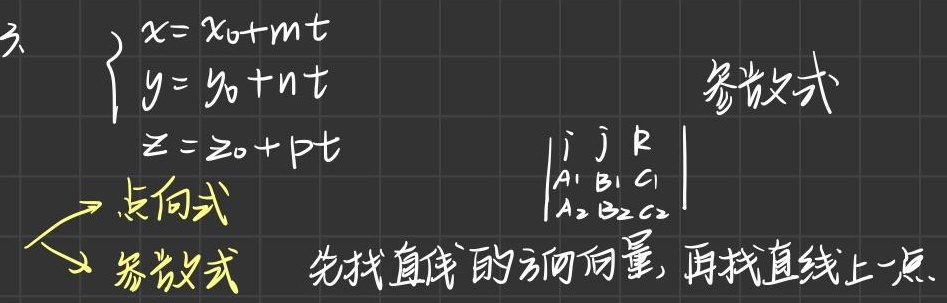
3.
\(\begin{cases}
x = x_{0}+mt \\
y = y_{0}+nt \\
z = z_{0}+pt
\end{cases}\)
参数式
\(\begin{vmatrix}
i & j & k \\
A_{1} & B_{1} & C_{1} \\
A_{2} & B_{2} & C_{2}
\end{vmatrix}\)
→点向式
↙参数式
先找直线的方向向量, 再找直线上一点.